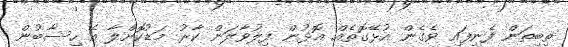
ތިބިތަން ފެނިފައި ވެގެން އުޅޭގޮތެއް އޮޅުން ފިލުވާލަން ކާރު މަޑުކޮށްލާ އެ ހިސާބުން